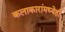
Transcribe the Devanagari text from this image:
कलाकारांमध्येही